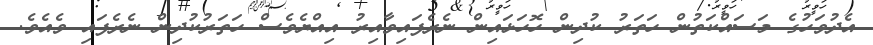
އެދުވަހުގެ މަސައްކަތުން ހަތަރު ކުދިން ހޮހަޅައިން ނެރެފައިވާއިރު އިއްޔެވެސް ހަތަރުކުދިން ނެރެފައި ވެއެވެ.